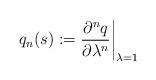
LaTeX: \begin{align*}q_n(s):= {\partial^n q\over \partial\lambda^n}\biggr\vert_{\lambda=1}\end{align*}